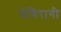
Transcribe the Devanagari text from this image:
बेचिरागी